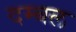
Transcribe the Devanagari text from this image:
दम्बल